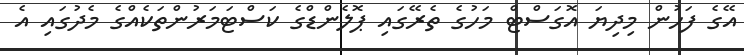
އޭގެ ފަހުން މިދިޔަ އޮގަސްޓް މަހުގެ ތެރޭގައި ޕޮލެންޑްގެ ކަސްޓަމަރުންތަކެއްގެ މެދުގައި އެ